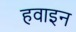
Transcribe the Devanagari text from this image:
हवाइन